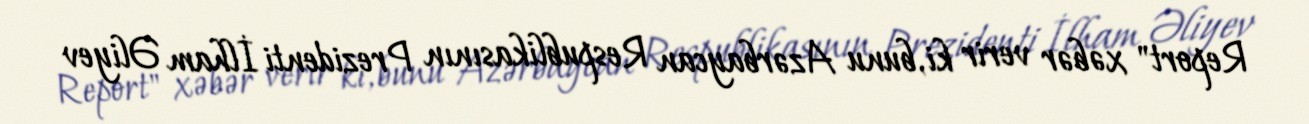
Report" xəbər verir ki, bunu Azərbaycan Respublikasının Prezidenti İlham Əliyev